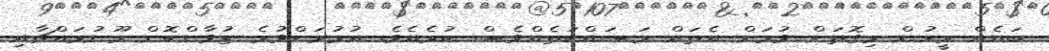
ބައެއް މީހުން މިގޮތަށް ވުމަށް އެތައް މަސައްކަތެއްވެސް ކުރެއެވެ. އުމުރަށްވުރެ ޒުވާންކޮށް މޫނުމައްޗާއި